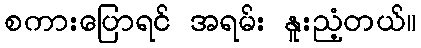
စကားပြောရင် အရမ်း နူးညံ့တယ်။